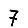
Digit: 7